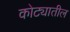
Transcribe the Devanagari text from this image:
कोट्यातील